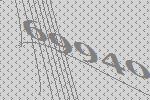
69940